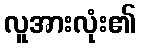
လူအားလုံး၏